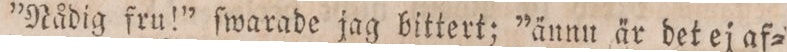
”Nådig fru!” ſwarade jag bittert; ”ännu är det ej af=